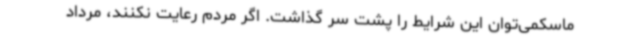
ماسکمی‌توان این شرایط را پشت سر گذاشت. اگر مردم رعایت نکنند، مرداد